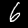
Label: 6